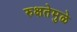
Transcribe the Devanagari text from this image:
रुक्षतेमुळे